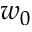
w _ { 0 }